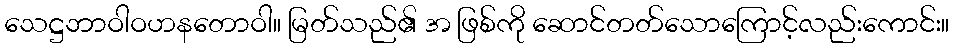
သေဋ္ဌဘာဝါဝဟနတောဝါ။ မြတ်သည်၏ အ ဖြစ်ကို ဆောင်တတ်သောကြောင့်လည်းကောင်း။